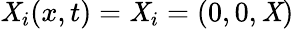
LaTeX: \mathit{X}_{i}(x,t)=\mathit{X}_{i}=(0,0,\mathit{X})